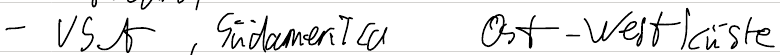
- USA, Südamerika  Ost-Westküste